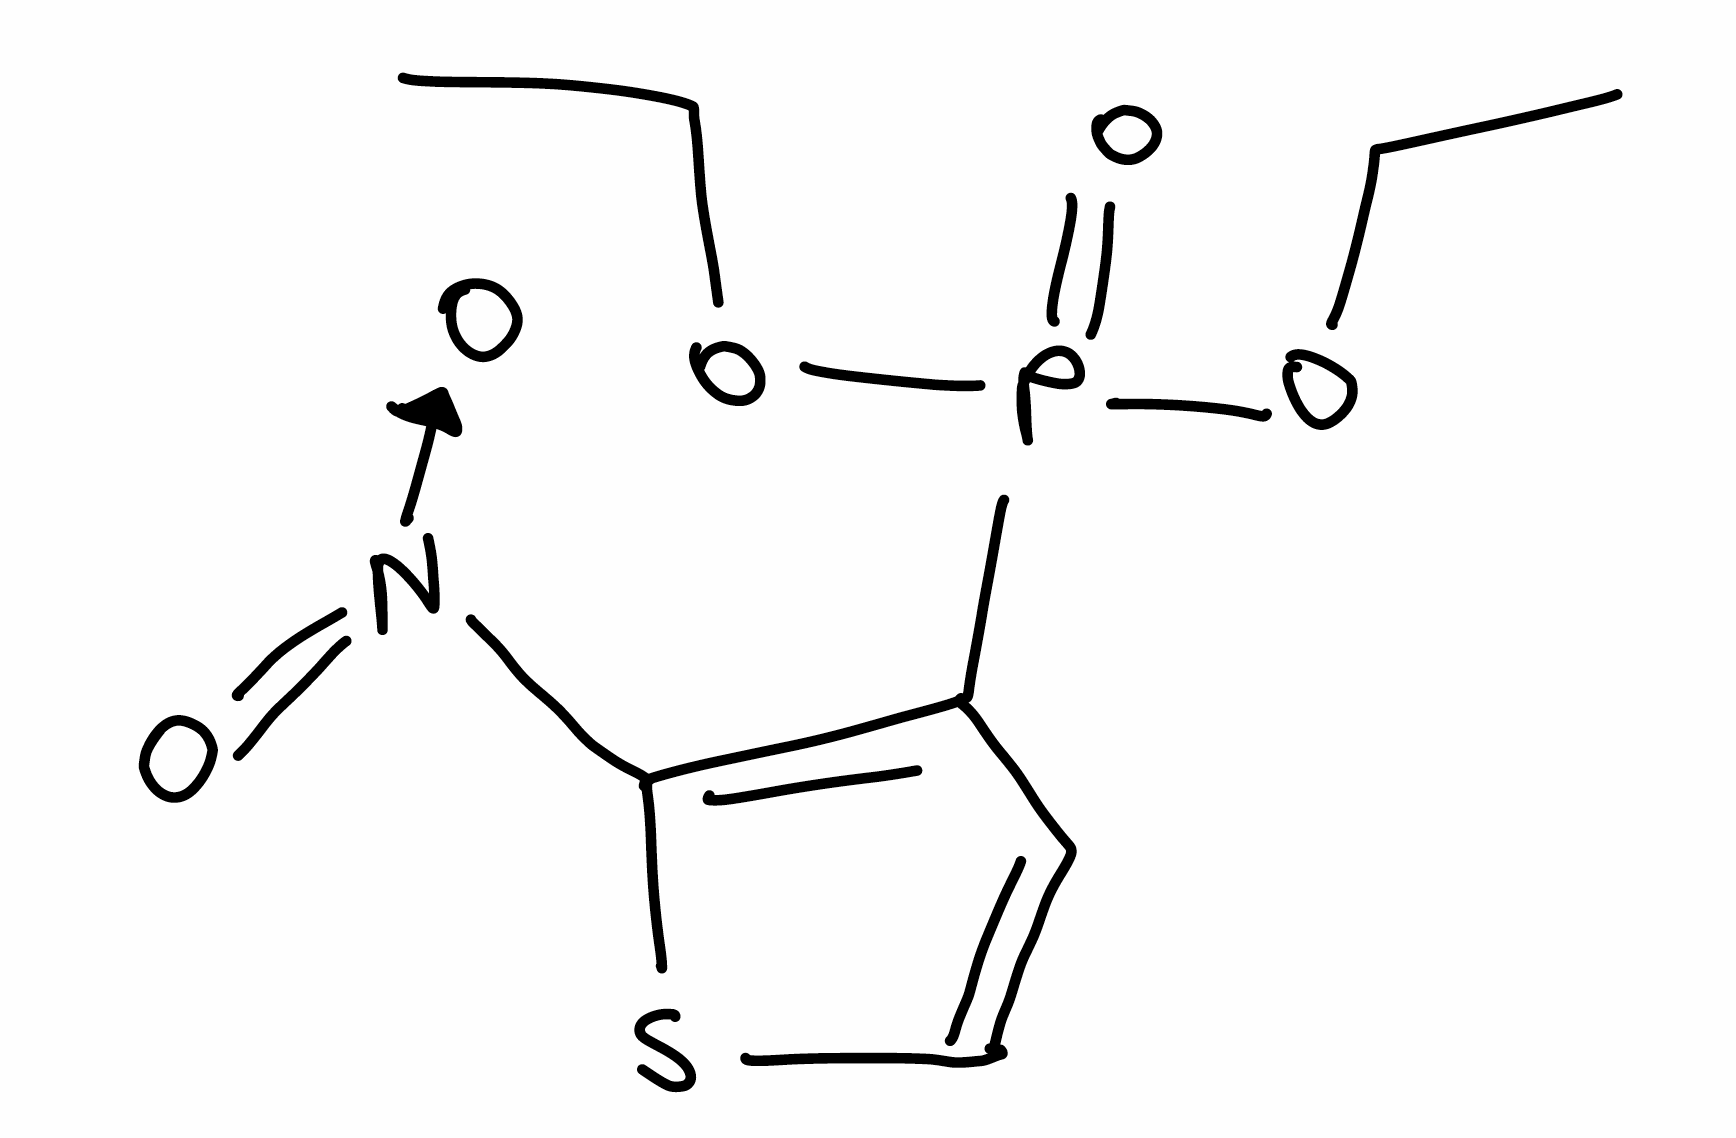
Simplified molecular-input line-entry system (SMILES) notation of the given molecule:
CCOP(=O)(C1=C(SC=C1)[N+](=O)[O-])OCC